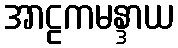
အာဠကမန္ဒာယ